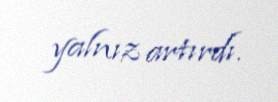
yalnız artırdı.